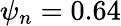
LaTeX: \psi_{n}=0.64